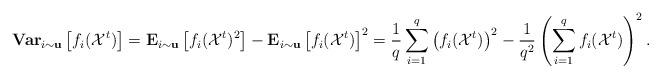
LaTeX: \begin{align*}\mathbf{Var}_{i\sim \mathbf{u}}\left[f_{i}(\mathcal{X}^{t})\right]&=\mathbf{E}_{i\sim \mathbf{u}}\left[f_{i}(\mathcal{X}^{t})^{2}\right]-\mathbf{E}_{i\sim \mathbf{u}}\left[f_{i}(\mathcal{X}^{t})\right]^{2}=\frac{1}{q}\sum_{i=1}^{q}\left(f_{i}(\mathcal{X}^{t})\right)^{2}-\frac{1}{q^{2}}\left(\sum_{i=1}^{q}f_{i}(\mathcal{X}^{t})\right)^{2}.\end{align*}